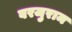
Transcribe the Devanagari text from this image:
बरजुराम